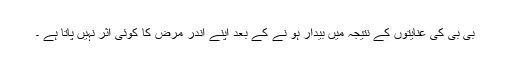
بی بی کی عنایتوں کے نتیجہ میں بیدار ہو نے کے بعد اپنے اندر مرض کا کوئی اثر نہیں پاتا ہے ۔